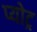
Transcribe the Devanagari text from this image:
प्योट्र